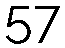
57